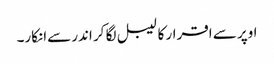
اوپر سے اقرار کا لیبل لگا کر اندر سےانکار۔